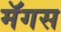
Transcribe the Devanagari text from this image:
मॅगस